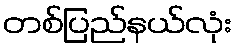
တစ်ပြည်နယ်လုံး